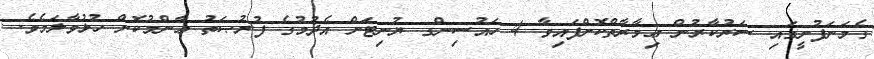
ގެމަނަފުށީގައި ސަރުކާރުން ޢިމާރާތްކޮށްފައިވާ 4 ހައުސިންގ ޔުނިޓަށް އެދުމުގެ ފުރުޞަތު ޢާންމުކޮށް ހުޅުވާލަމެވެ.